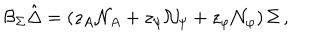
{ { \cal B } _ { \Sigma } } \hat { \Delta } = \left( z _ { A } { \cal N } _ { A } + z _ { \psi } { \cal N } _ { \psi } + z _ { \varphi } { \cal N } _ { \varphi } \right) \Sigma \, ,